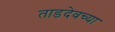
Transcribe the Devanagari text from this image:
ताडदेवच्या